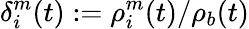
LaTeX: \delta_{i}^{m}(t):=\rho_{i}^{m}(t)/\rho_{b}(t)